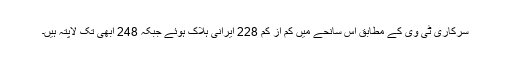
سرکاری ٹی وی کے مطابق اس سانحے میں کم از کم 228 ایرانی ہلاک ہوئے جبکہ 248 ابھی تک لاپتہ ہیں۔